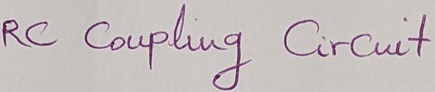
Text: RC Coupling Circuit